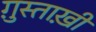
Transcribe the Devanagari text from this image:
ग़ुस्ताख़ी